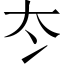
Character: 冭